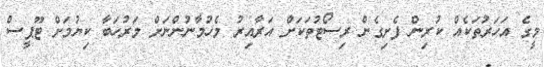
މީގެ އަހަރުތަކެއް ކުރިން ފެށިގެން ރިސޯޓުތަކަށް އަރާއިރު މެހުމާނުންނަށް މަރުހަބާ ކިޔުމަށް ޓޫޕީސް